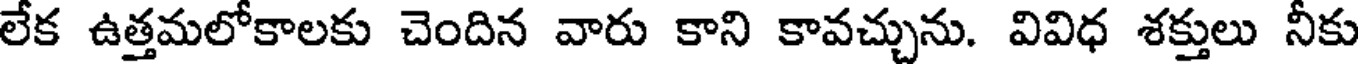
లేక ఉత్తమలోకాలకు చెందిన వారు కాని కావచ్చును. వివిధ శక్తులు నీకు